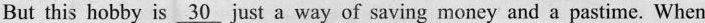
But this hobby is \underline{30} just a way of saving money and a pastime. When